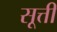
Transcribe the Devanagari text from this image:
सूत्ती